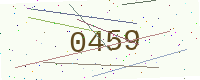
Text: 0459